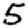
Digit: 5